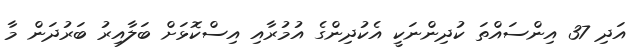
އަދި 37 އިންސައްތަ ކުދިންނަކީ އެކުދިންގެ އުމުރާއި އިސްކޮޅަށް ބަލާއިރު ބަރުދަން މާ